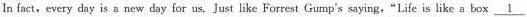
In fact, every day is a new day for us. Just like Forrest Gump's saying,"Life is like a box \underline{1}